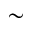
\sim